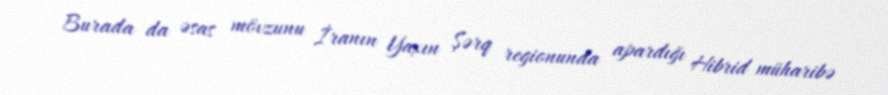
Burada da əsas mövzunu İranın Yaxın Şərq regionunda apardığı Hibrid müharibə